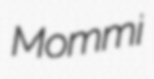
Mommi